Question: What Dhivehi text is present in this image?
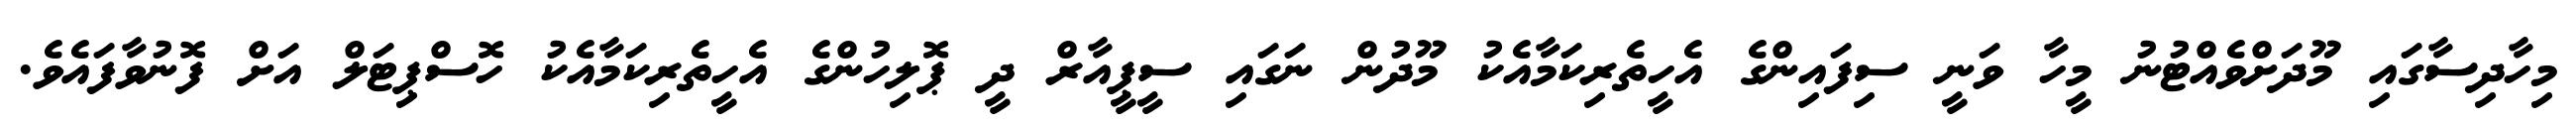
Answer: މިހާދިސާގައި މޫދަށްވެއްޓުނު މީހާ ވަނީ ސިފައިންގެ އެހީތެރިކަމާއެކު މޫދުން ނަގައި ސީޕީއާރް ދީ ޕޮލިހުންގެ އެހީތެރިކަމާއެކު ހޮސްޕިޓަލް އަށް ފޮނުވާފައެވެ.